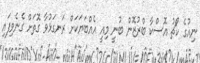
ނިއުގެ ކޯޗު އޮސްކާ ބްރުޒޮން ބުނީ މިއީ އެއްބަޔަކަށް ރަނގަޅުވާ ގޮތަށް ގެނެވިފައި